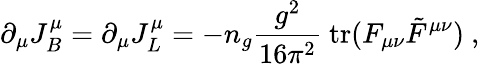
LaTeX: \partial_{\mu}J_{B}^{\mu}=\partial_{\mu}J_{L}^{\mu}=-n_{g}\frac{g^{2}}{16\pi^{2}}~\mathrm{{tr}}(F_{\mu\nu}\tilde{F}^{\mu\nu})~,